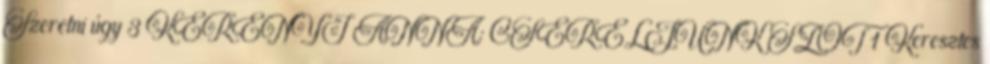
Szeretni úgy 3 KERÉNYI ANNA: CSERÉLJÜNK SZÓT 1 Keresztes